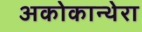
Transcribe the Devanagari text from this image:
अकोकान्थेरा